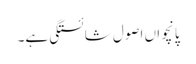
پانچواں اصول شائستگی ہے۔